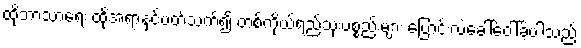
ထိုဘာသာရေး ထိုအရာနှင့်ပတ်သက်၍ တစ်ကိုယ်ရည်သုံးပစ္စည်းများ ပြောင်းလဲခေါ်ဝေါ်ခဲ့ပါသည်